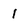
Character: I